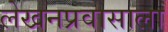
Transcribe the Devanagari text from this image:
लेखनप्रवासाला